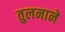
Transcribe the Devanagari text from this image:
तुलनाने